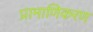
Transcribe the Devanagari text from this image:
प्रामाणिकरण